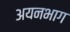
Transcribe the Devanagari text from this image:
अयनभाग